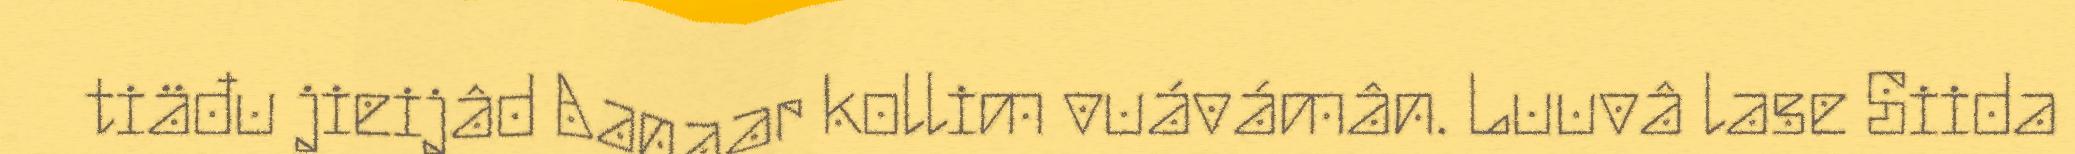
tiäđu jieijâd Aanaar kollim vuávámân. Luuvâ lase Siida